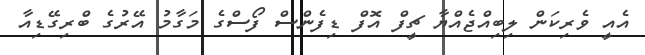
އެއީ ވެރިކަން ލިބިއްޖެއްޔާ ޗީފް އޮފް ޑިފެންސް ފޯސްގެ މަގާމު އޭރުގެ ބްރިގޭޑިއާ